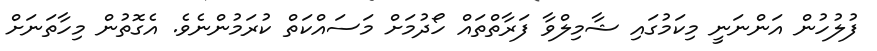
ފުލުހުން އަންނަނީ މިކަމުގައި ޝާމިލްވާ ފަރާތްތައް ހޯދުމަށް މަސައްކަތް ކުރަމުންނެވެ. އެގޮތުން މިހާތަނަށް